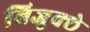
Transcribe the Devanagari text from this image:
बिजुक्छे